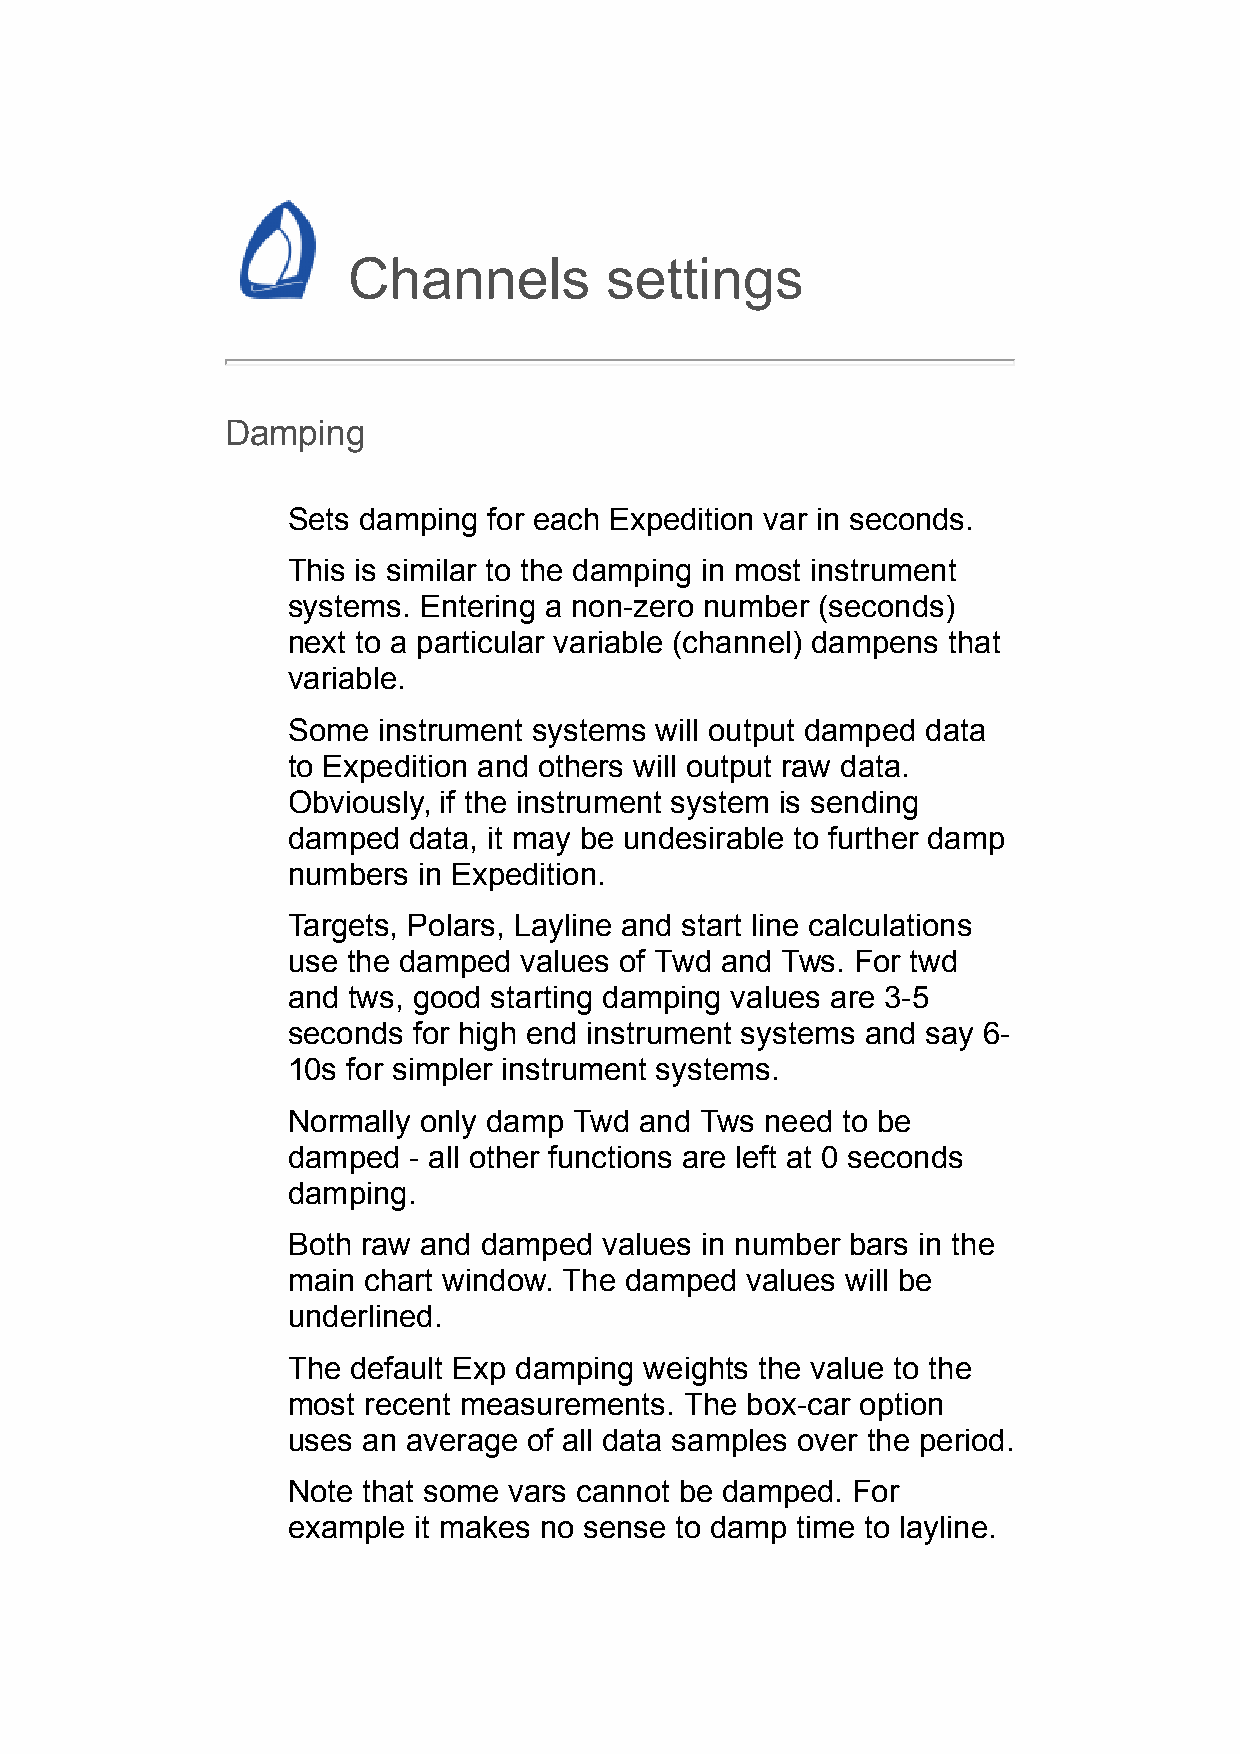
Channels         settings
 Damping
 Sets damping for each Expedition var in seconds.
 This is similar to the damping in most instrument
 systems. Entering a non-zero number (seconds)
 next to a particular variable (channel) dampens that
 variable.
 Some  instrument systems will output damped data
 to Expedition and others will output raw data.
 Obviously, if the instrument system is sending
 damped  data, it may be undesirable to further damp
 numbers  in Expedition.
 Targets, Polars, Layline and start line calculations
 use the damped values of Twd and Tws. For twd
 and tws, good starting damping values are 3-5
 seconds for high end instrument systems and say 6-
 10s for simpler instrument systems.
 Normally only damp Twd and Tws  need to be
 damped  - all other functions are left at 0 seconds
 damping.
 Both raw and damped  values in number bars in the
 main chart window. The damped values will be
 underlined.
 The default Exp damping weights the value to the
 most recent measurements. The box-car option
 uses an average of all data samples over the period.
 Note that some vars cannot be damped. For
 example it makes no sense to damp time to layline.